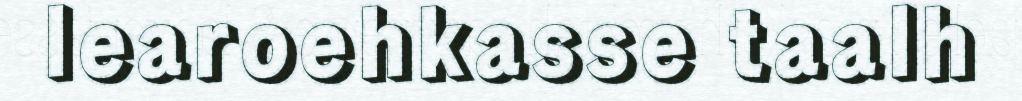
learoehkasse taalh